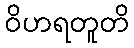
ဝိဟရတူတိ